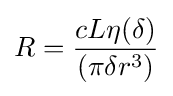
R={\frac {cL\eta (\delta )}{(\pi \delta r^{3})}}